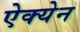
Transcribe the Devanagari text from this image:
ऐक्येन